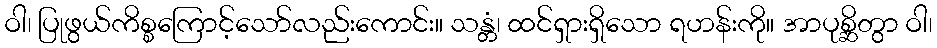
ဝါ၊ ပြုဖွယ်ကိစ္စကြောင့်သော်လည်းကောင်း။ သန္တံ၊ ထင်ရှားရှိသော ရဟန်းကို။ အာပုစ္ဆိတွာ ဝါ၊